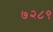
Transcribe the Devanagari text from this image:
७२८९